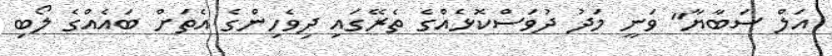
އަލް ސަބާޔާ" ވަނީ މަދު ދުވަސްކޮޅެއްގެ ތެރޭގައި ދިވެހިންގެ އެތަށް ބައެއްގެ ލޯބި